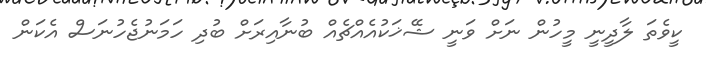
ކީވެތަ ލާދީނީ މީހުން ނަށް ވަނީ ޝޭޚަކުއެއްޗެއް ބުނާއިރަށް ބުދި ހަމަނުޖެހުނަސް އެކަން